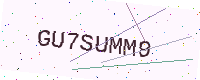
Text: GU7SUMM9